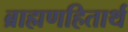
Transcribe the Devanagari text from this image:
ब्राह्मणहितार्थ